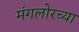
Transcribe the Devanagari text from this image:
मंगलोरच्या